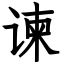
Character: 谏